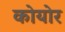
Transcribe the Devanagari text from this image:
कोयोर